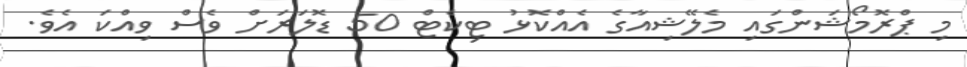
މި ޕްރޮމޯޝަންގައި މެލޭޝިއާގެ އެއްކޮޅު ޓިކެޓް 50 ޑޮލަރަށް ވެސް ވިއްކަ އެވެ.